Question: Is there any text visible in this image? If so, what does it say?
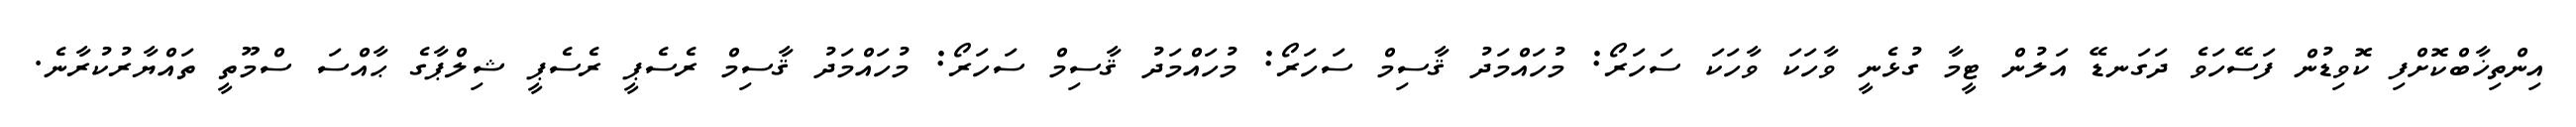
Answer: އިންތިޚާބްކޮށްފި ކޮވިޑުން ފަސޭހަވެ ދަގަނޑޭ އަލުން ޓީމާ ގުޅެނީ ވާހަކަ ވާހަކަ ސަހަރޯ: މުހައްމަދު ޤާސިމް ސަހަރޯ: މުހައްމަދު ޤާސިމް ސަހަރޯ: މުހައްމަދު ޤާސިމް ރެސެޕީ ރެސެޕީ ޝިލްޕާގެ ޙާއްސަ ސްމޫތީ ތައްޔާރުކުރާނެ.